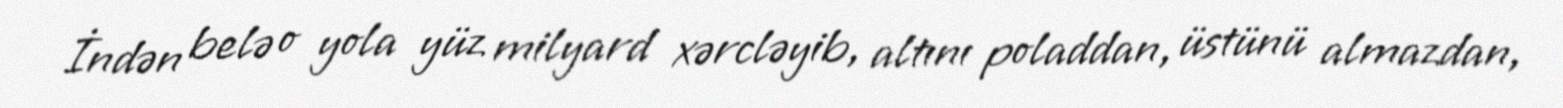
İndən belə o yola yüz milyard xərcləyib, altını poladdan, üstünü almazdan,